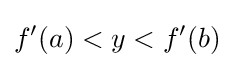
f'(a)<y<f'(b)